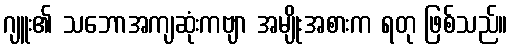
ဂျူး၏ သဘောအကျဆုံးကဗျာ အမျိုးအစားက ရတု ဖြစ်သည်။